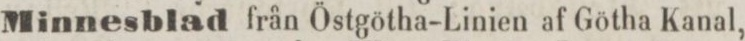
Minnesblad från Östgötha-Linien af Götha Kanal,